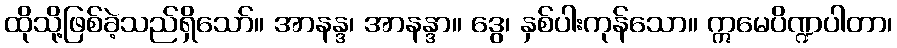
ထိုသို့ဖြစ်ခဲ့သည်ရှိသော်။ အာနန္ဒ၊ အာနန္ဒာ။ ဒွေ၊ နှစ်ပါးကုန်သော။ ဣမေပိဏ္ဍပါတာ၊